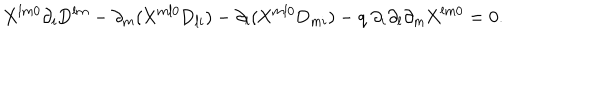
\mathrm { X } ^ { l m 0 } \partial _ { i } \mathrm { D } ^ { l m } - \partial _ { m } ( \mathrm { X } ^ { m l 0 } \mathrm { D } _ { l i } ) - \partial _ { l } ( \mathrm { X } ^ { m l 0 } \mathrm { D } _ { m i } ) - q { ~ } \partial _ { i } \partial _ { l } \partial _ { m } \mathrm { X } ^ { l m 0 } = 0 .